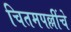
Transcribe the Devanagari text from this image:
चितमपल्लींचे